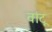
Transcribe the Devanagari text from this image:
वांटू